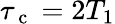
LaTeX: \tau_{\mathrm{~c~}}=2T_{1}